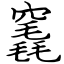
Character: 竁